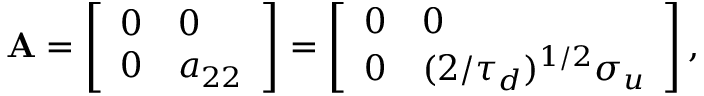
\mathbf { A } = \left[ \begin{array} { l l } { 0 } & { 0 } \\ { 0 } & { a _ { 2 2 } } \end{array} \right] = \left[ \begin{array} { l l } { 0 } & { 0 } \\ { 0 } & { ( 2 / \tau _ { d } ) ^ { 1 / 2 } \sigma _ { u } } \end{array} \right] ,